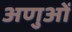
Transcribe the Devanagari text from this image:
अणुआें